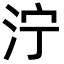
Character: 泞